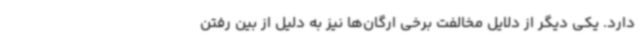
دارد. یکی دیگر از دلایل مخالفت برخی ارگان‌ها نیز به دلیل از بین رفتن